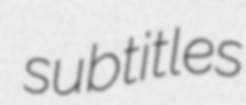
subtitles